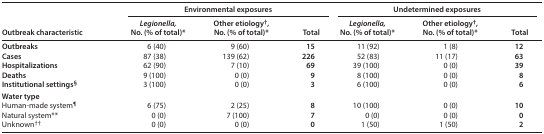
<table><thead><tr><td rowspan="2"><b>Outbreak characteristic</b></td><td colspan="3"><b>Environmental exposures</b></td><td colspan="3"><b>Undetermined exposures</b></td></tr><tr><td><b><i>Legionella,</i> No. (% of total)*</b></td><td><b>Other etiology<sup>†</sup>, No. (% of total)*</b></td><td><b>Total </b></td><td><b><i>Legionella,</i> No. (% of total)* </b></td><td><b>Other etiology<sup>†</sup>, No. (% of total)*</b></td><td><b>Total</b></td></tr></thead><tbody><tr><td><b>Outbreaks</b></td><td>6 (40)</td><td>9 (60)</td><td><b>15 </b></td><td>11 (92)</td><td>1 (8)</td><td><b>12 </b></td></tr><tr><td><b>Cases</b></td><td>87 (38)</td><td>139 (62)</td><td><b>226 </b></td><td>52 (83)</td><td>11 (17)</td><td><b>63 </b></td></tr><tr><td><b>Hospitalizations</b></td><td>62 (90)</td><td>7 (10)</td><td><b>69 </b></td><td>39 (100)</td><td>0 (0)</td><td><b>39 </b></td></tr><tr><td><b>Deaths</b></td><td>9 (100)</td><td>0 (0)</td><td><b>9 </b></td><td>8 (100)</td><td>0 (0)</td><td><b>8 </b></td></tr><tr><td><b>Institutional settings<sup>§</sup></b></td><td>3 (100)</td><td>0 (0)</td><td><b>3</b></td><td>6 (100)</td><td>0 (0)</td><td><b>6</b></td></tr><tr><td colspan="7"><b>Water type</b></td></tr><tr><td>Human-made system<b><sup>¶</sup></b></td><td>6 (75)</td><td>2 (25)</td><td><b>8 </b></td><td>10 (100)</td><td>0 (0)</td><td><b>10 </b></td></tr><tr><td>Natural system**</td><td>0 (0)</td><td>7 (100)</td><td><b>7 </b></td><td>0 (0)</td><td>0 (0)</td><td><b>0 </b></td></tr><tr><td>Unknown<b><sup>††</sup></b></td><td>0 (0)</td><td>0 (0)</td><td><b>0 </b></td><td>1 (50)</td><td>1 (50)</td><td><b>2 </b></td></tr></tbody></table>